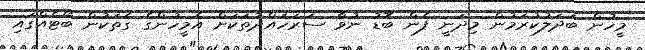
މީހުން ބަދަލުކުރަމުން މިދަނީ ފެން ބޮޑު ނުވާ ސަރަހައްދުތަކަށް އެމީހުންގެ ގެތަކުން ބޯޓެއްގައި